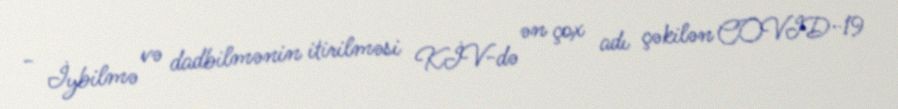
- İybilmə və dadbilmənin itirilməsi KİV-də ən çox adı çəkilən COVID-19